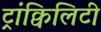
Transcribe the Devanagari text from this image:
ट्रांक्विलिटी